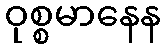
ဝုစ္စမာနေန